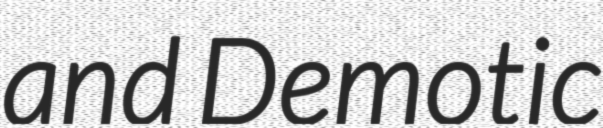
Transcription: and Demotic